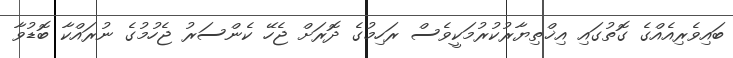
ބައިވެރިއެއްގެ ގޮތުގައި އިޚްތިޔާރުކުރުމަކީވެސް ރަހިމުގެ ދޮރަށް ޖެހޭ ކެންސަރު ޖެހުމުގެ ނުރައްކާ ބޮޑުވާ